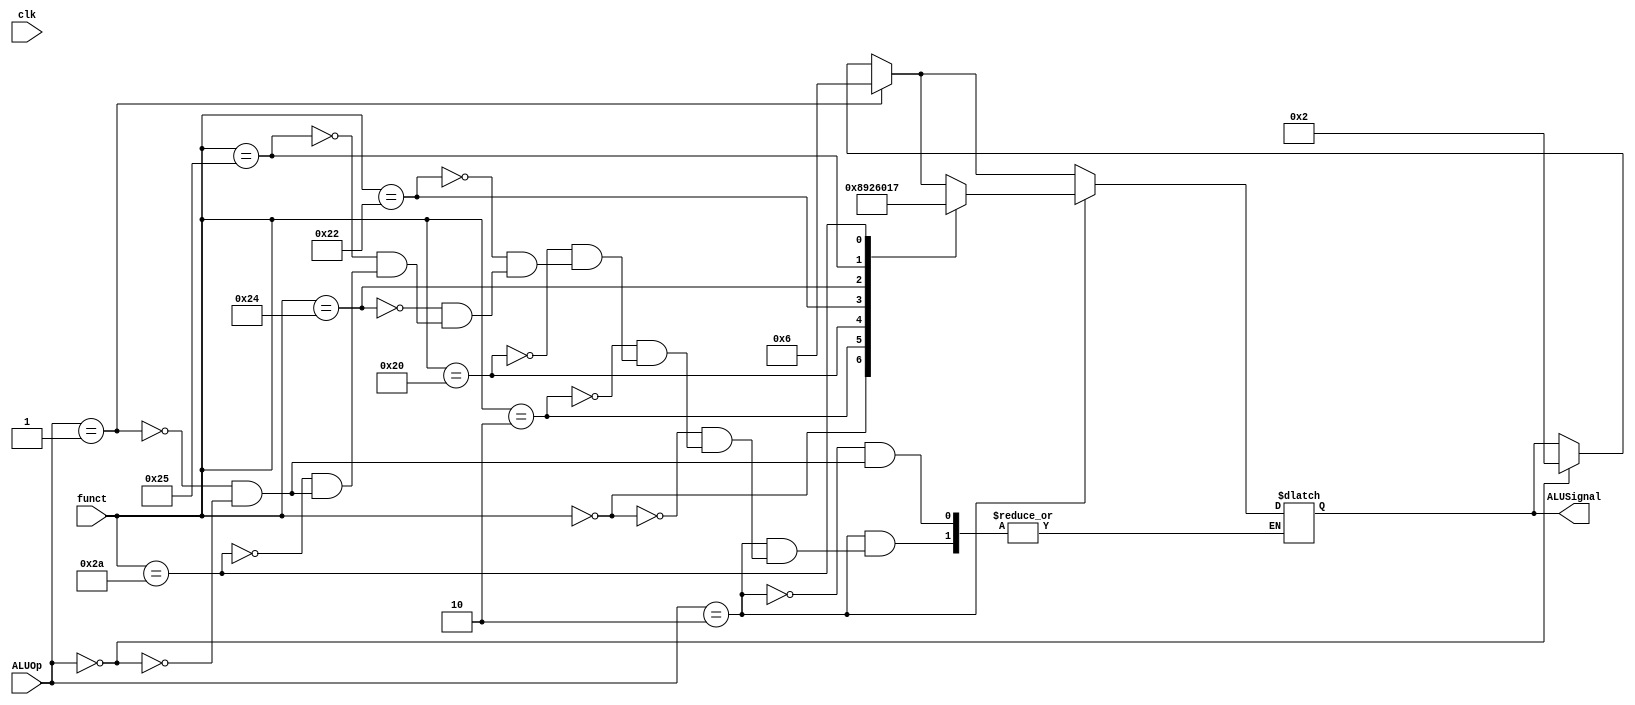
module ALU_controller (clk, funct, ALUOp, ALUSignal);
input clk;
input  [5:0] funct;
input  [1:0] ALUOp;
output reg  [3:0] ALUSignal;

always @ (/*funct,*/ ALUOp)
begin
    if (ALUOp==2'b00) begin
      ALUSignal=4'b0010;
    end
  
    if (ALUOp==2'b01) begin
      ALUSignal=4'b0110;
    end

//
    if (ALUOp==2'b10) begin
      case (funct)
      6'b000000 : ALUSignal = 4'b1000 ;//shift left logic
      6'b000010 : ALUSignal = 4'b1001 ;//shift right logic
      6'b100000 : ALUSignal = 4'b0010 ;//add
      6'b100010 : ALUSignal = 4'b0110 ;//subtract
      6'b100100 : ALUSignal = 4'b0000 ;//AND
      6'b100101 : ALUSignal = 4'b0001 ;//OR
      6'b101010 : ALUSignal = 4'b0111 ;//set-on-less-than
      
endcase
end

end
endmodule